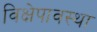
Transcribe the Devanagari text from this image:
विक्षेपावस्था